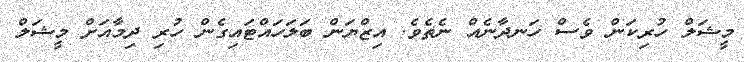
މީޝަލް ހުރިކަން ވެސް ހަނދާނެއް ނެތެވެ. އިޒްޔަން ބަލަހައްޓައިގެން ހުރި ދިމާއަށް މީޝަލް